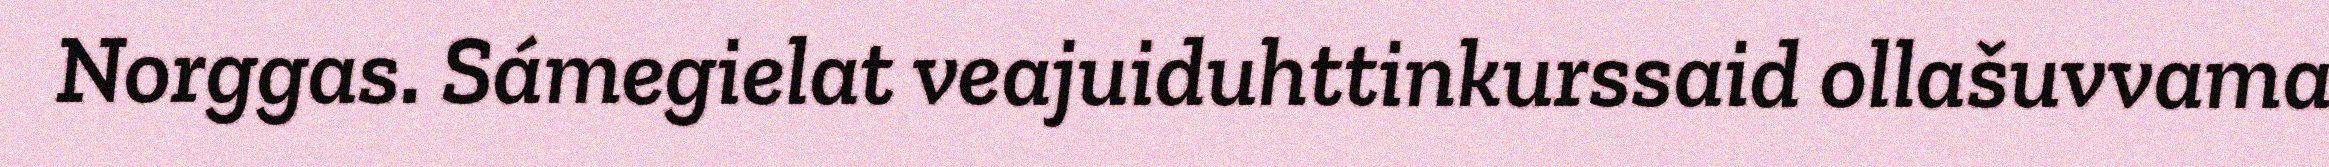
Norggas. Sámegielat veajuiduhttinkurssaid ollašuvvama